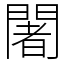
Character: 闍